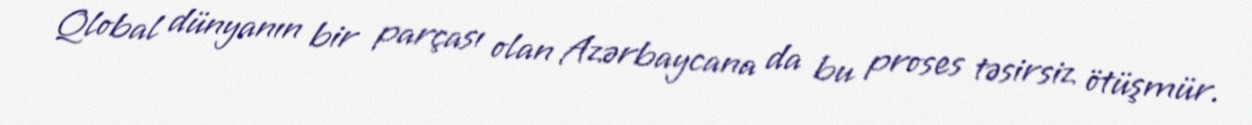
Qlobal dünyanın bir parçası olan Azərbaycana da bu proses təsirsiz ötüşmür.